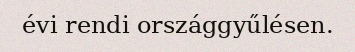
évi rendi országgyűlésen.